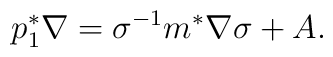
p_1^*\nabla = \sigma^{-1}m^*\nabla \sigma + A.